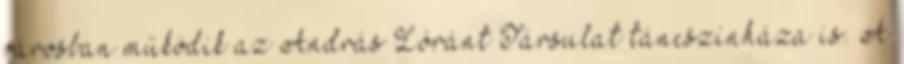
városban működik az András Lóránt Társulat táncszínháza is. A